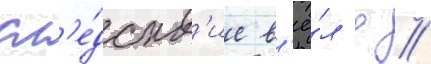
сл'е́дств'ие в'ё́л д //